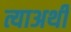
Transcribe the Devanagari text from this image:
त्याअर्थीं